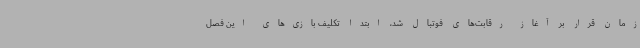
زمان قرار بر آغاز رقابت‌های فوتبال شد، ابتدا تکلیف بازی‌های این فصل